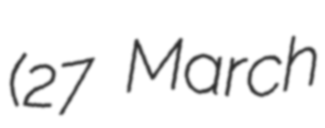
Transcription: (27 March